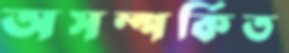
অসম্পর্কিত